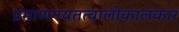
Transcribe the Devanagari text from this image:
प्रमाणनयतत्वालोकालंकार